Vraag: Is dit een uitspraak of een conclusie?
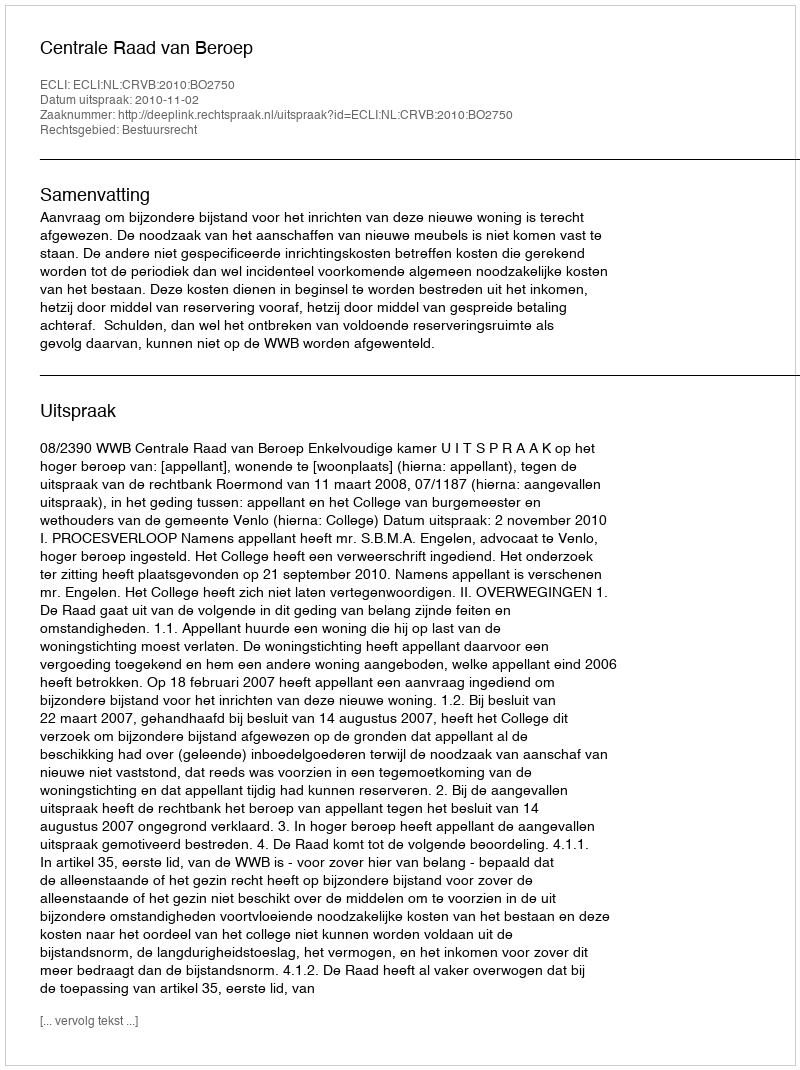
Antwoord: Uitspraak